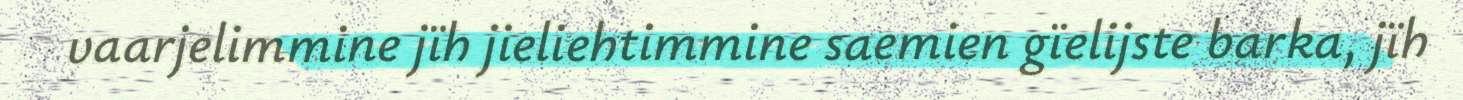
vaarjelimmine jïh jieliehtimmine saemien gïelijste barka, jïh